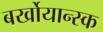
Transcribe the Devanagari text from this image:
बर्खोयान्स्क